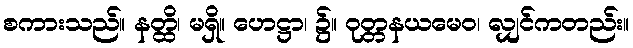
စကားသည်။ နတ္ထိ၊ မရှိ။ ဟေဋ္ဌာ၊ ၌။ ဝုတ္တနယမေဝ၊ လျှင်ကတည်း။